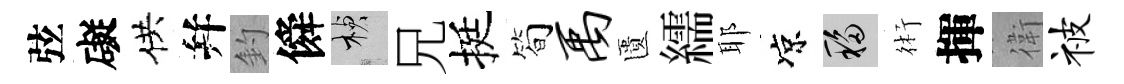
弦礙供幷釣僢楨兄挺简禹匱繻耶凉移術揮衛被